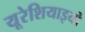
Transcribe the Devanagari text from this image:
यूरेशियाइयों